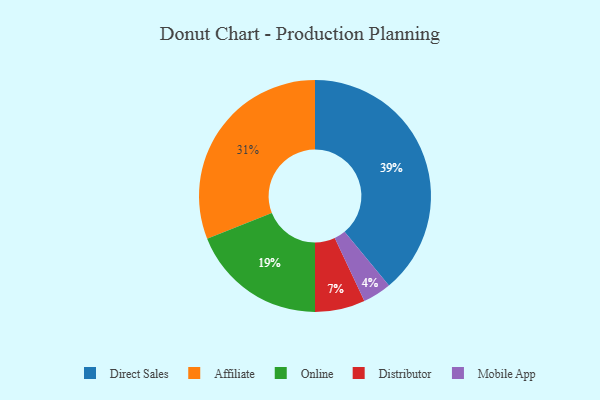
{"axis": {"x": "Category", "y": "Percentage"}, "legend": ["Affiliate", "Direct Sales", "Distributor", "Mobile App", "Online"], "data": [{"x": "Online", "y": 19, "type": "Online"}, {"x": "Direct Sales", "y": 39, "type": "Direct Sales"}, {"x": "Affiliate", "y": 31, "type": "Affiliate"}, {"x": "Distributor", "y": 7, "type": "Distributor"}, {"x": "Mobile App", "y": 4, "type": "Mobile App"}]}